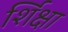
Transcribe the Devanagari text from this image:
र्शिक्षा